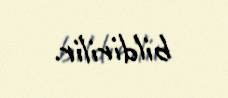
bildirilir.